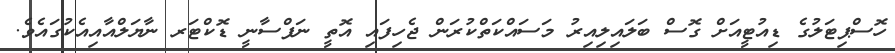
ހޮސްޕިޓަލުގެ ޑިއުޓީއަށް ގޮސް ބަލައިލިއިރު މަސައްކަތްކުރަން ޖެހިފައި އޮތީ ނަފްސާނީ ޑޮކްޓަރ ނާޔަލްއާއިއެކުގައެވެ.